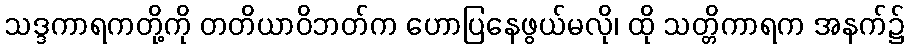
သဒ္ဒကာရကတို့ကို တတိယာဝိဘတ်က ဟောပြနေဖွယ်မလို၊ ထို သတ္တိကာရက အနက်၌